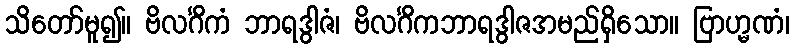
သိတော်မူ၍။ ဗိလင်္ဂိကံ ဘာရဒွါဇံ၊ ဗိလင်္ဂိကဘာရဒွါဇအမည်ရှိသော။ ဗြာဟ္မဏံ၊